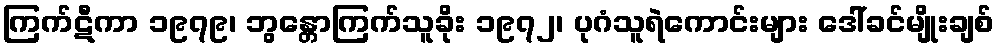
ကြက်ဋီကာ ၁၉၇၉၊ ဘွန္တောကြက်သူခိုး ၁၉၇၂၊ ပုဂံသူရဲကောင်းများ ဒေါ်ခင်မျိုးချစ်